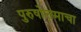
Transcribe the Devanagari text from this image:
पुरुषोत्तमाचा